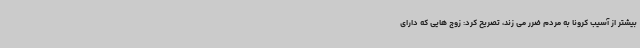
بیشتر از آسیب کرونا به مردم ضرر می زند، تصریح کرد: زوج هایی که دارای